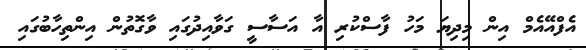
އެފްއޭއެމް އިން މިދިޔަ މަހު ފާސްކުރި އާ އަސާސީ ގަވާއިދުގައި ވާގޮތުން އިންތިހާބުގައި